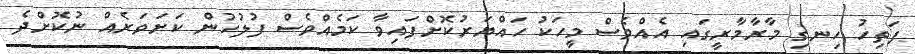
ފަތިހު ހިނގި މާރާމާރީގައި އެއްވެސް މީހަކު ހައްޔަރުކޮށްފައިވާ ކަމެއްވެސް ފުލުހުން ކަށަވަރެއް ނުކޮށްދެ